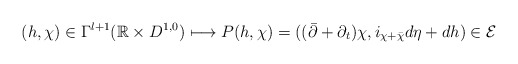
\begin{align*} (h,\chi)\in\Gamma^{l+1}(\mathbb R\times D^{1,0})\longmapsto P(h,\chi)=((\bar\partial +\partial_t)\chi,i_{\chi+\bar\chi}d\eta+dh)\in\mathcal E\end{align*}